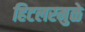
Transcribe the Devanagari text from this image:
हिटलरमुळे